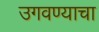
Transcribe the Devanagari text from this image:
उगवण्याचा